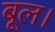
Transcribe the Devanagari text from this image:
बूल।